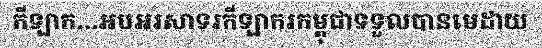
កីឡាក...អបអរសាទរកីឡាករកម្ពុជាទទួលបានមេដាយ